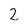
Character: 2